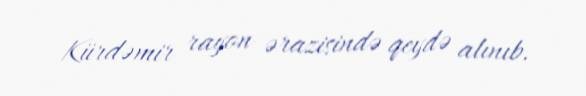
Kürdəmir rayon ərazisində qeydə alınıb.